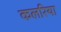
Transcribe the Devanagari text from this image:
कलरिया